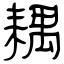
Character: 耦